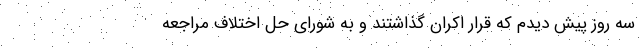
سه روز پیش دیدم که قرار اکران گذاشتند و به شورای حل اختلاف مراجعه